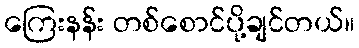
ကြေးနန်း တစ်စောင်ပို့ချင်တယ်။